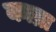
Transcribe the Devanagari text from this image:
काब्रा